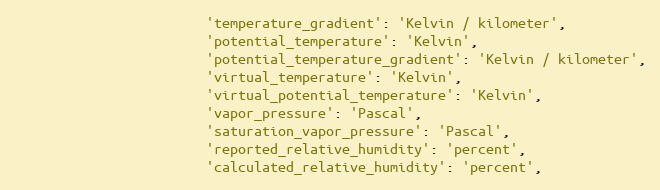
Language: Python
                        'temperature_gradient': 'Kelvin / kilometer',
                        'potential_temperature': 'Kelvin',
                        'potential_temperature_gradient': 'Kelvin / kilometer',
                        'virtual_temperature': 'Kelvin',
                        'virtual_potential_temperature': 'Kelvin',
                        'vapor_pressure': 'Pascal',
                        'saturation_vapor_pressure': 'Pascal',
                        'reported_relative_humidity': 'percent',
                        'calculated_relative_humidity': 'percent',